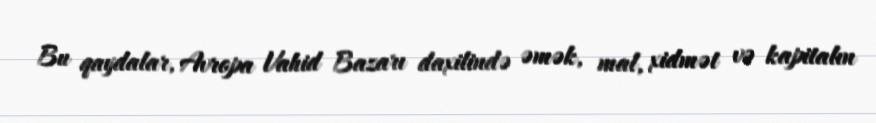
Bu qaydalar, Avropa Vahid Bazarı daxilində əmək, mal, xidmət və kapitalın